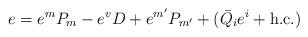
LaTeX: \begin{align*}e = e^m P_m - e^v D + e^{m'} P_{m'} + (\bar Q_i e^i + \mbox{h.c.})\,\end{align*}